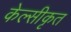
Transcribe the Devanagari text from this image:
केल्सीकृत